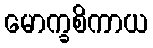
မောက္ခစိကာယ